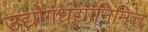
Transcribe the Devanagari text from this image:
उद्योगधंद्यानिमित्त